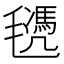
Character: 𣰜